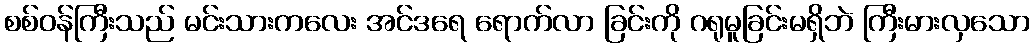
စစ်ဝန်ကြီးသည် မင်းသားကလေး အင်ဒရေ ရောက်လာ ခြင်းကို ဂရုမူခြင်းမရှိဘဲ ကြီးမားလှသော